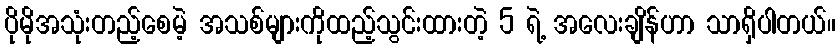
ပိုမိုအသုံးတည့်စေမဲ့ အသစ်များကိုထည့်သွင်းထားတဲ့ 5 ရဲ့ အလေးချိန်ဟာ သာရှိပါတယ်။